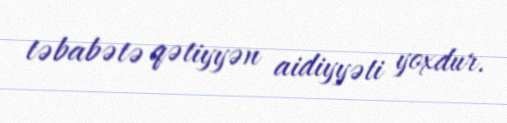
təbabətə qətiyyən aidiyyəti yoxdur.